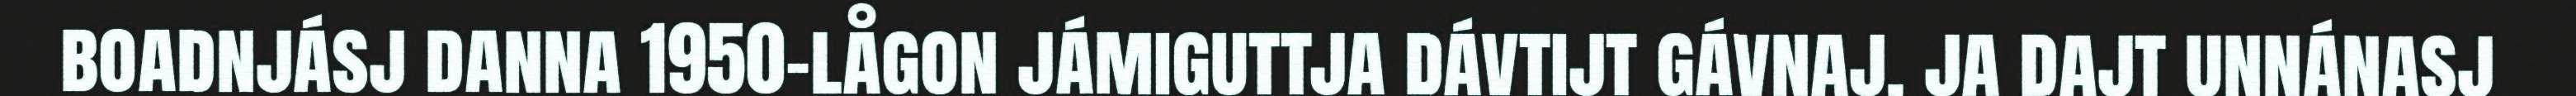
boadnjásj danna 1950-lågon jámiguttja dávtijt gávnaj, ja dajt unnánasj